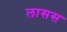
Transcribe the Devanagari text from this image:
लासस